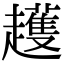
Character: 𧾛